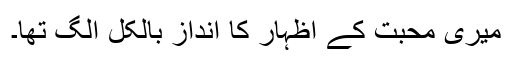
میری محبت کے اظہار کا انداز بالکل الگ تھا۔